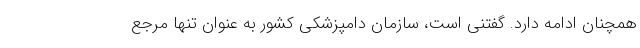
همچنان ادامه دارد. گفتنی است، سازمان دامپزشکی کشور به عنوان تنها مرجع